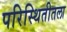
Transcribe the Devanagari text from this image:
परिस्थितीतला